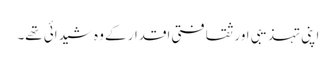
اپنی تہذیبی اور ثقافتی اقدار کے وہ شیدائی تھے۔